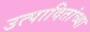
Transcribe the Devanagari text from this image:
उत्पादितांच्या